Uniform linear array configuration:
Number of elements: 32
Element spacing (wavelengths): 0.75
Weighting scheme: uniform
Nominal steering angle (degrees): -45
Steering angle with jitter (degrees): -44.361
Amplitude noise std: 0.05
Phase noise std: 0.05

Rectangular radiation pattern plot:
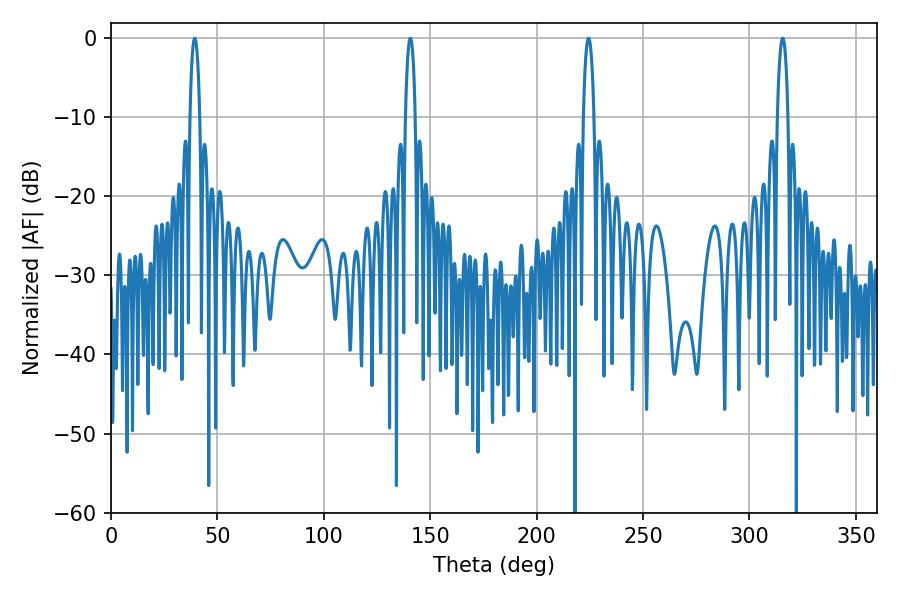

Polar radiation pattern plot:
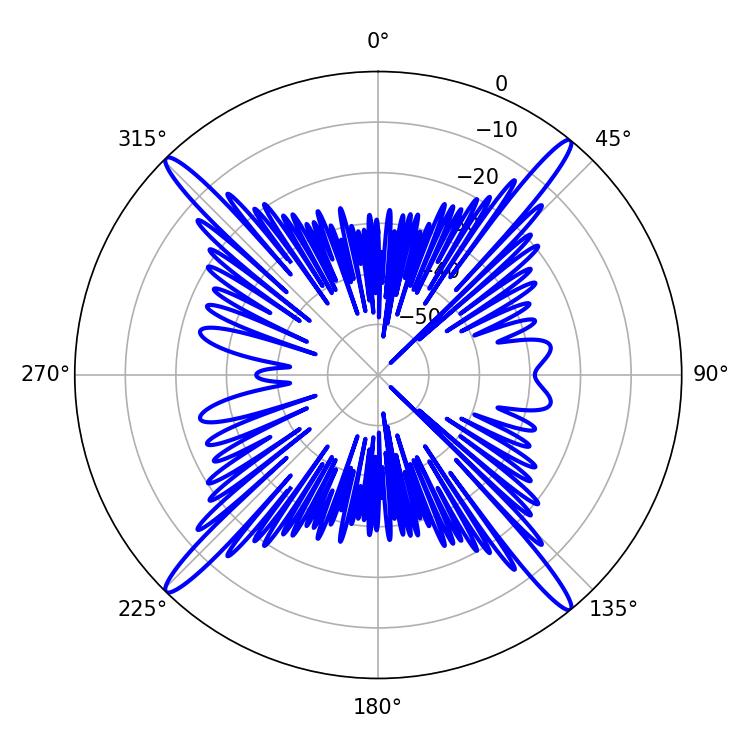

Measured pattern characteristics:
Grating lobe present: TRUE
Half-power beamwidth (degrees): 2.7
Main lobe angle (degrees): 224.46